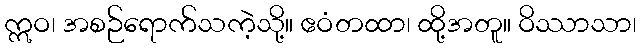
ဣဝ၊ အစဉ်ရောက်သကဲ့သို့။ ဧဝံတထာ၊ ထို့အတူ။ ဝိဿာသာ၊